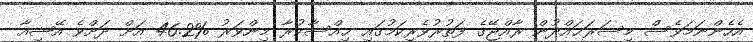
އެހެންނަމަވެސް މިސަރަޙައްދުން ރާއްޖޭގެ ފަތުރުވެރިކަމުގައި ޙިއްސާކުރާ މިންވަރު %46.2 އަށް ދަށްވެ އޭޝިއާ